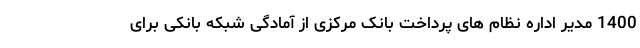
1400 مدیر اداره نظام های پرداخت بانک مرکزی از آمادگی شبکه بانکی برای